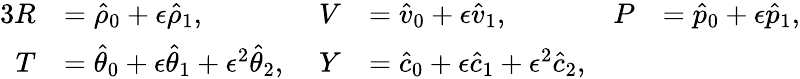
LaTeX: \begin{array}{rlrlrl}{{3}R}&{=\hat{\rho}_{0}+\epsilon\hat{\rho}_{1},}&{V}&{=\hat{v}_{0}+\epsilon\hat{v}_{1},\; }&{P}&{=\hat{p}_{0}+\epsilon\hat{p}_{1},}\\ {T}&{=\hat{\theta}_{0}+\epsilon\hat{\theta}_{1}+\epsilon^{2}\hat{\theta}_{2},\; }&{Y}&{=\hat{c}_{0}+\epsilon\hat{c}_{1}+\epsilon^{2}\hat{c}_{2},}&&{}\end{array}